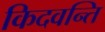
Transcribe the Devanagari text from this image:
किदवन्ति